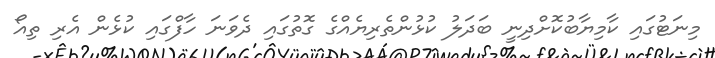
މިނަޓުގައި ކާމިޔާބުކޮށްދިނީ ބަދަލު ކުޅުންތެރިޔެއްގެ ގޮތުގައި ދެވަނަ ހާފްގައި ކުޅެން އެރި ތިއޯ